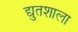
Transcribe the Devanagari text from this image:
द्युतशाला